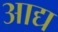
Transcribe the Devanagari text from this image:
अाद्य